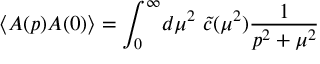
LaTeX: \langle A ( p ) A ( 0 ) \rangle = \int _ { 0 } ^ { \infty } \! d \mu ^ { 2 } \ \tilde { c } ( \mu ^ { 2 } ) \frac { 1 } { p ^ { 2 } + \mu ^ { 2 } } \nonumber